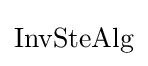
{\text{InvSteAlg}}